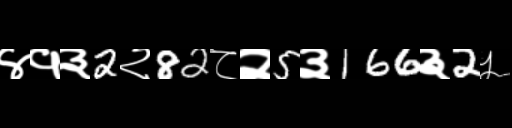
Text: ४१३2२82८२5३166३2५